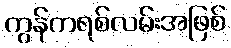
ကွန်ကရစ်လမ်းအဖြစ်